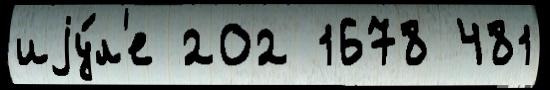
иjу́л'е 202 1678 481